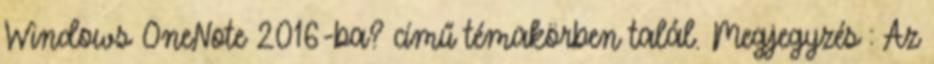
Windows OneNote 2016-ba? című témakörben talál. Megjegyzés : Az